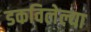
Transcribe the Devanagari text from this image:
डकविलेल्या